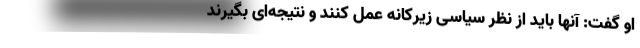
او گفت: آنها باید از نظر سیاسی زیرکانه عمل کنند و نتیجه‌ای بگیرند